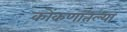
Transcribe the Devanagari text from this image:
कोंकणातल्या